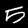
Digit: 5